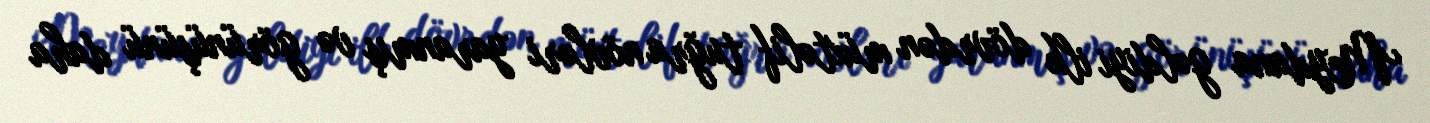
Meydana gəldiyi ilk dövrdən müxtəlif tuğra növləri yaranmış və görünüşünü daha